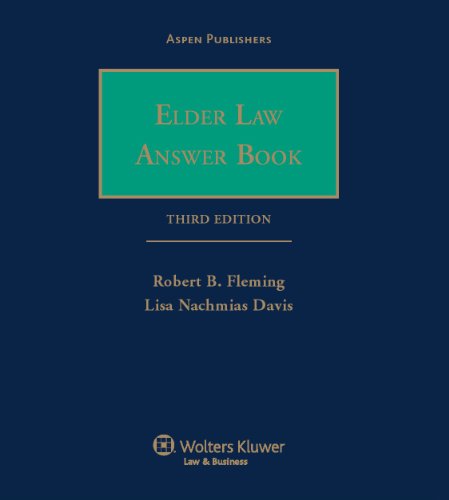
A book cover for Elder Law Answer Book 3rd Edition; Robert B. Fleming; Law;